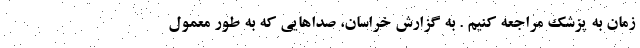
زمان به پزشک مراجعه کنیم . به گزارش خراسان، صدا‌هایی که به طور معمول